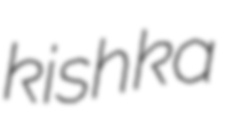
kishka